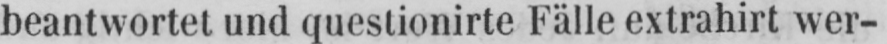
beantwortet und questionirte Fälle extrahirt wer-